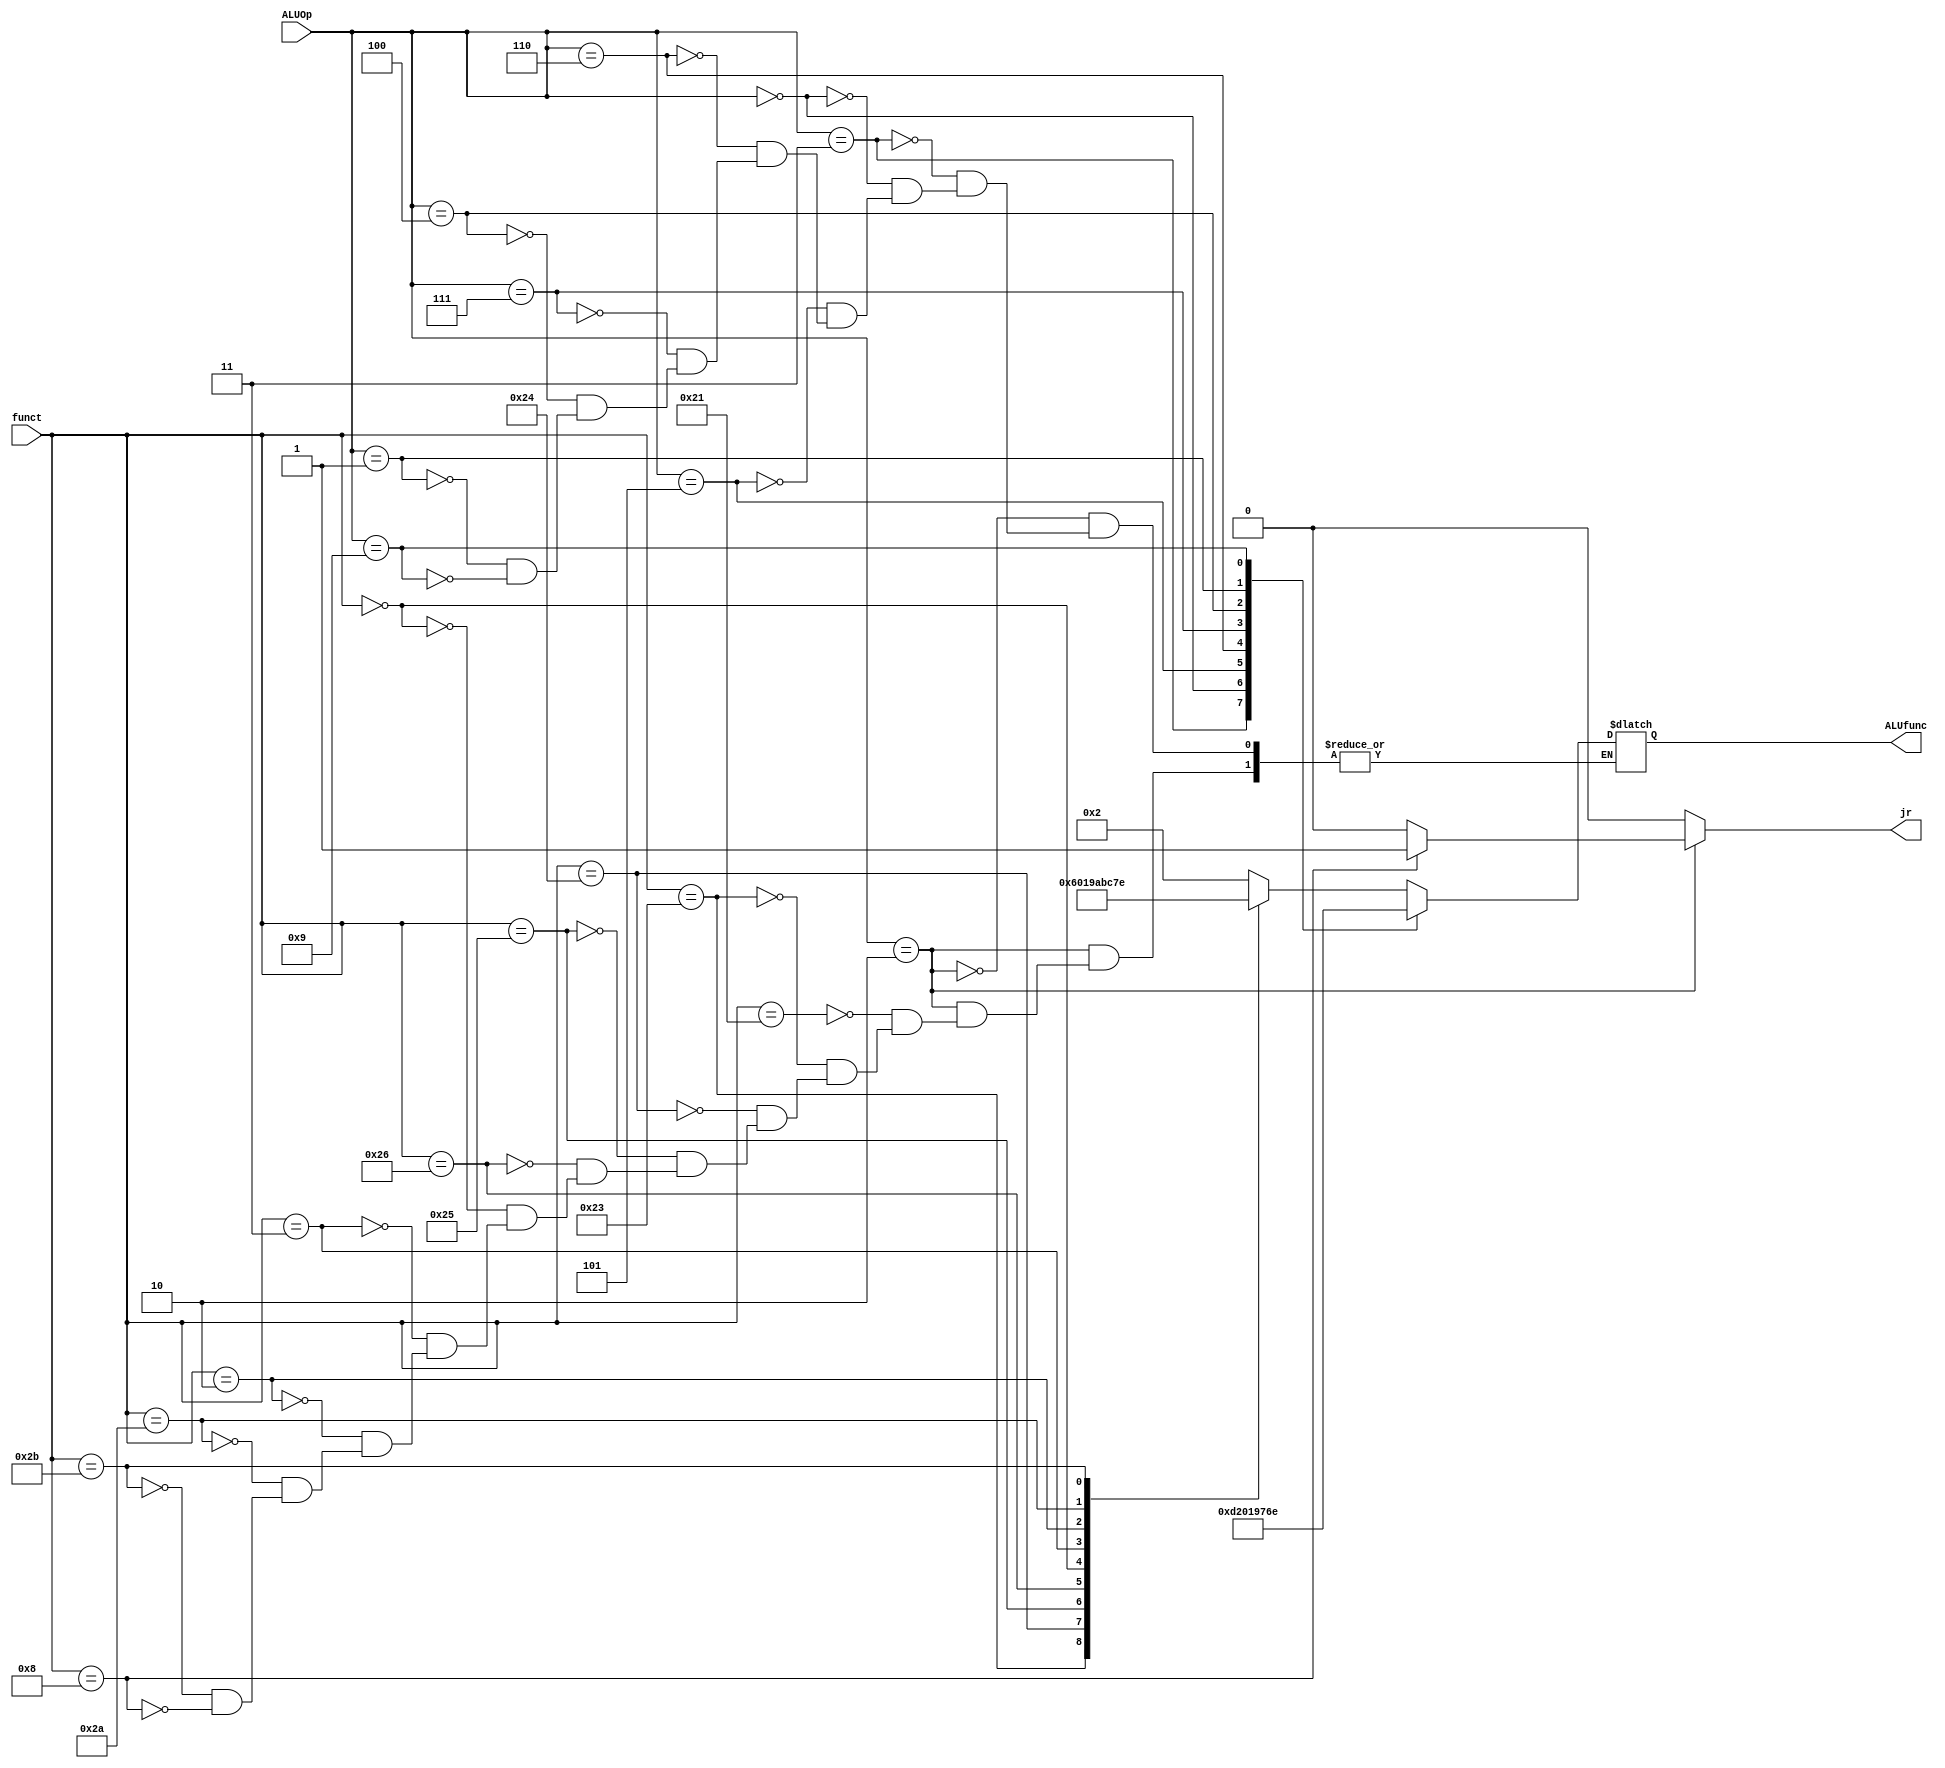
module ALU_Control(
input[3:0] ALUOp,
input[5:0] funct,
output reg jr,
output reg[3:0] ALUfunc);
always @ (ALUOp, funct, ALUfunc)
begin
jr = 0; // default
case (ALUOp)
4'b0010: // R"typ& instructions
begin
case (funct) // look at function code
6'b100001: ALUfunc = 4'b0010; // addu
6'b100011: ALUfunc = 4'b0110; // subu
6'b100100: ALUfunc = 4'b0000; // and
6'b100101: ALUfunc = 4'b0001; // or
6'b100110: ALUfunc = 4'b1001; // xor
6'b000000: ALUfunc = 4'b1010; // sll
6'b000011: ALUfunc = 4'b1011; // sra
6'b000010: ALUfunc = 4'b1100; // srl
6'b101010: ALUfunc = 4'b0111; // slt
6'b101011: ALUfunc = 4'b1110; // sltu
6'b001000: begin ALUfunc = 4'b0010; jr = 1; end // jr
endcase
end
4'b0011: ALUfunc = 4'b1101; //lui - sll 16
4'b0000: ALUfunc = 4'b0010; //addui, lw, sw - add
4'b0101: ALUfunc = 4'b0000; //andi - AND
4'b0110: ALUfunc = 4'b0001; //ori
4'b0111: ALUfunc = 4'b1001; //xori
4'b0100: ALUfunc = 4'b0111; //slti - SIGNED Slt
4'b0001: ALUfunc = 4'b0110; //beq, bne - subtract
4'b1001: ALUfunc = 4'b1110; //sltui - subtract & set bit
endcase
end
endmodule